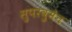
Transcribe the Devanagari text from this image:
सुपरवुमैन